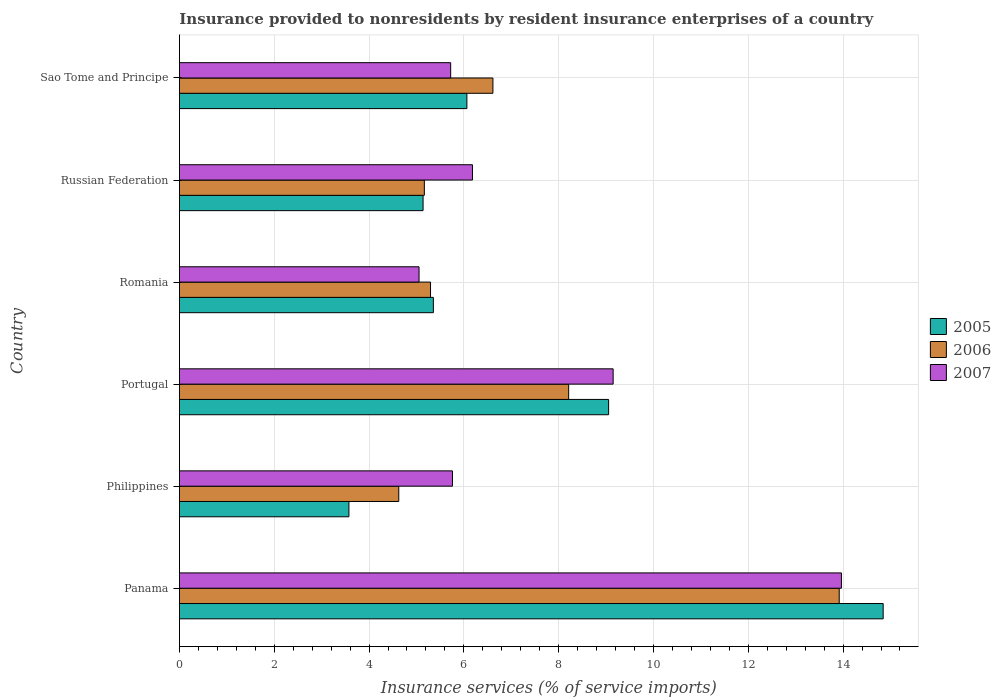
| Country | 2005 | 2006 | 2007 |
 | --- | --- | --- | --- |
 | Panama | 14.8 | 13.9 | 14 |
 | Philippines | 3.58 | 4.63 | 5.76 |
 | Portugal | 9.05 | 8.21 | 9.15 |
 | Romania | 5.36 | 5.3 | 5.05 |
 | Russian Federation | 5.14 | 5.17 | 6.18 |
 | Sao Tome and Principe | 6.06 | 6.61 | 5.72 |